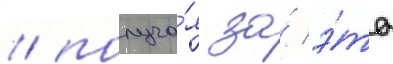
/ получа́я за́ э́то